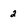
Character: 2